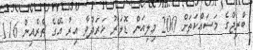
ބްރިޖްގެ މަސައްކަތަށް 200 މިލިއަން ޑޮލަރު ޚަރަދުވާ އިރު އޭގެ ތެރެއިން 116